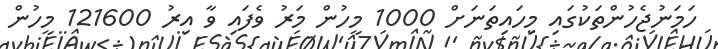
ހަމަނުޖެހުންތަކުގައި މިހައިތަނަށް 1000 މީހުން މަރު ވެފައި ވާ އިރު 121600 މީހުން